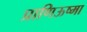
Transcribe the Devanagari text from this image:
प्राणिऊष्मा